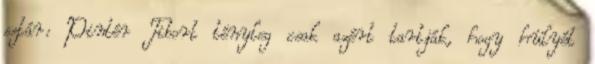
sztár: Pintér Tibort tényleg csak azért tartják, hogy hülyét